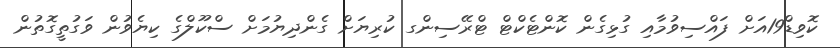
ކޮވިޑް19އަށް ފައްސިވުމާއި ގުޅިގެން ކޮންޓެކްޓް ޓްރޭސިންގ ކުރިޔަށް ގެންދިޔުމަށް ސްކޫލްގެ ކިޔެވުން ވަގުތީގޮތުން